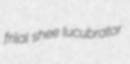
frilal shee lucubrator